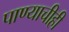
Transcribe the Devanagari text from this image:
पाण्याचीही